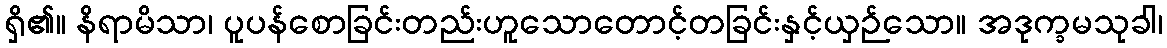
ရှိ၏။ နိရာမိသာ၊ ပူပန်စောခြင်းတည်းဟူသောတောင့်တခြင်းနှင့်ယှဉ်သော။ အဒုက္ခမသုခါ၊